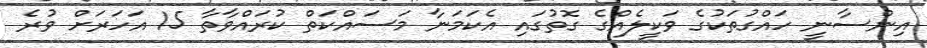
އިންސާނީ ހައްގުތަކުގެ ވަކީލެއްގެ ގޮތުގައި އެކަމަނާ މަސައްކަތް ކުރައްވާތާ 15 އަހަރަށް ވުރެ